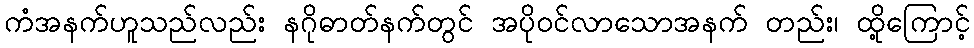
ကံအနက်ဟူသည်လည်း နဂိုဓာတ်နက်တွင် အပိုဝင်လာသောအနက် တည်း၊ ထို့ကြောင့်